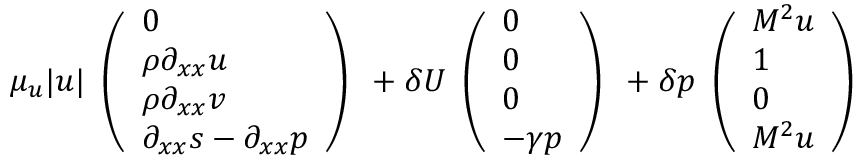
\mu _ { u } | u | \begin{array} { l } { \left( \begin{array} { l } { 0 } \\ { \rho \partial _ { x x } u } \\ { \rho \partial _ { x x } v } \\ { \partial _ { x x } s - \partial _ { x x } p } \end{array} \right) } \end{array} + \delta U \begin{array} { l } { \left( \begin{array} { l } { 0 } \\ { 0 } \\ { 0 } \\ { - \gamma p } \end{array} \right) } \end{array} + \delta p \begin{array} { l } { \left( \begin{array} { l } { M ^ { 2 } u } \\ { 1 } \\ { 0 } \\ { M ^ { 2 } u } \end{array} \right) } \end{array}